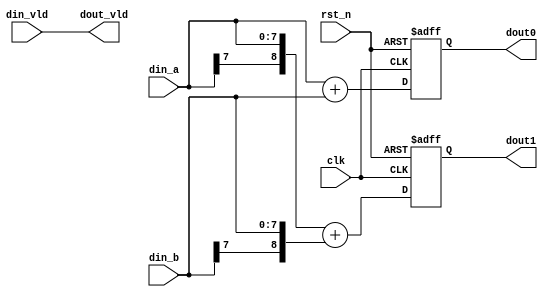
module signed_adder(    //
    input				        clk		,
    input				        rst_n	,

    input   wire signed [7:0]   din_a	,
    input	wire signed	[7:0]	din_b 	,
    input   wire                din_vld ,
    output	wire signed	[8:0]	dout0   ,
    output  wire signed [8:0]   dout1	,
    output  wire                dout_vld    
);								 

    //		 
    reg     signed  [8:0]   sum0     ;    
    reg     signed  [8:0]   sum1     ;    

    //sum
    always @(posedge clk or negedge rst_n)begin 
        if(!rst_n)begin
            sum0 <= 0;
            sum1 <= 0;
        end 
        else begin  
/*
veriloga/b4
c5c = a + bab5
*/
            sum0 <= din_a + din_b;   //
            sum1 <= {din_a[7],din_a} + {din_b[7],din_b};   //
        end 
    end

    assign dout0 = sum0;
    assign dout1 = sum1;
    assign dout_vld = din_vld;

endmodule